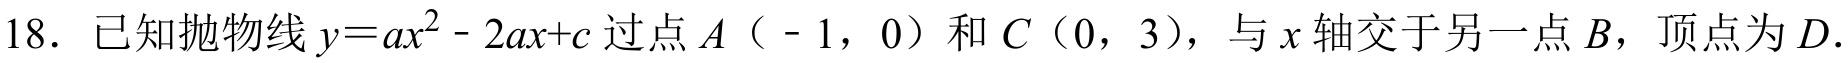
18. 已知抛物线$y = ax^{2}-2ax + c$过点$A（-1，0）$和$C（0，3）$，与$x$轴交于另一点$B$，顶点为$D.$